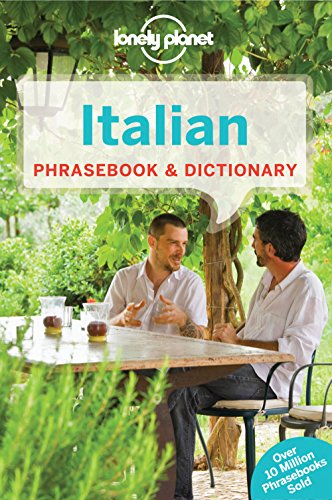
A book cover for Lonely Planet Italian Phrasebook & Dictionary (Lonely Planet Phrasebook and Dictionary); Lonely Planet; Travel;